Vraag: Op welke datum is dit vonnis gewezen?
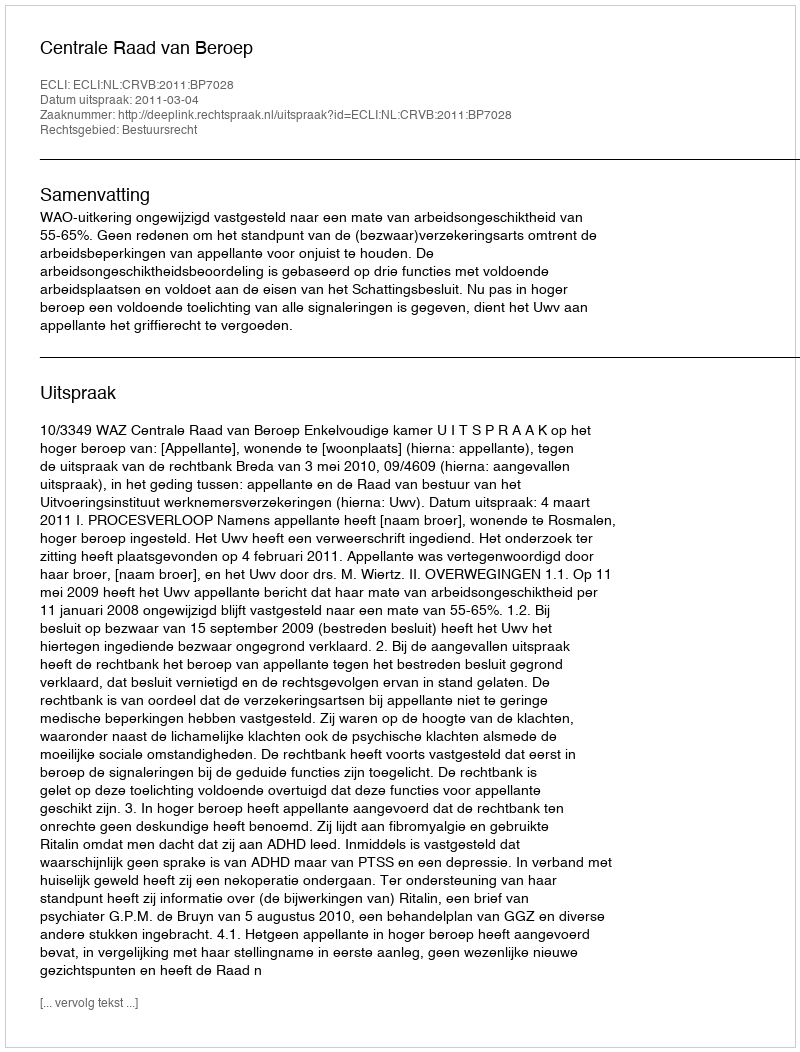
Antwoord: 2011-03-04